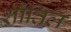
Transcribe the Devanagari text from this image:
शौतिल